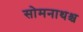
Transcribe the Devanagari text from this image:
सोमनाथश्च